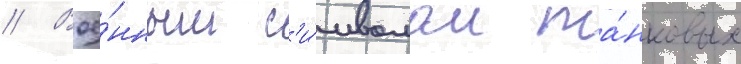
// Вое́нным с'и́мволом та́нковых